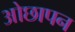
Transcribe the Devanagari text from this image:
ओछापन